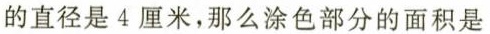
的直径是4厘米，那么涂色部分的面积是